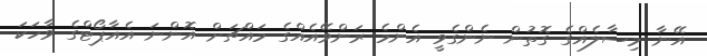
އޭނާ މިސާލެއްގެ ގޮތުން ނެންގެވީ އެންމެ ރަންވޭއެއްގެ މައްޗަށް އޮންނަ އެއާޕޯޓްގެ ވާހަކަ